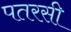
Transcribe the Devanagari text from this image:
पतरसी